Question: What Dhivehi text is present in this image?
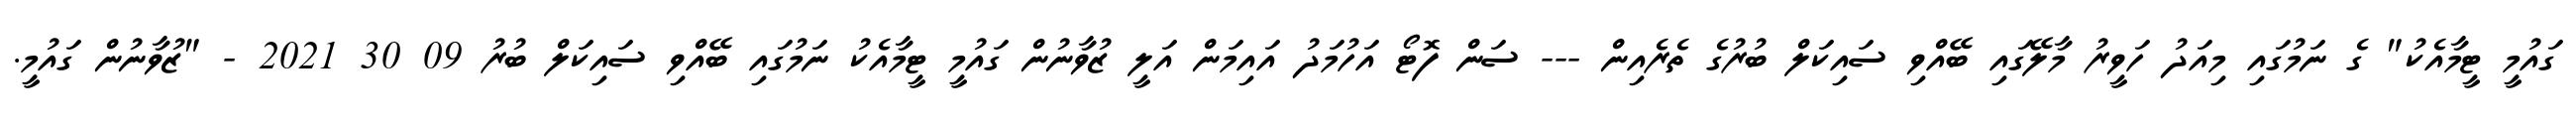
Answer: ގައުމީ ޓީމާއެކު" ގެ ނަމުގައި މިއަދު ހަވީރު މާލޭގައި ބޭއްވި ސައިކަލް ބުރުގެ ތެރެއިން --- ސަން ފޮޓޯ އަހުމަދު އައިމަން އަލީ ޒުވާނުން ގައުމީ ޓީމާއެކު ނަމުގައި ބޭއްވި ސައިކަލް ބުރު 09 30 2021 - "ޒުވާނުން ގައުމީ.